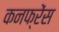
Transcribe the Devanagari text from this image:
कनफ्रेंस